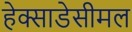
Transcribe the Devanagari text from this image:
हेक्साडेसीमल